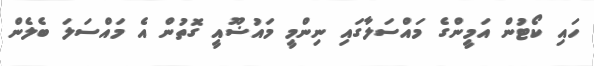
ހައި ކޯޓުން އަމީންގެ މައްސަލާގައި ނިންމީ މައުޟޫއީ ގޮތުން އެ މައްސަލަ ބެލެން